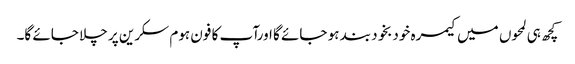
کچھ ہی لمحوں میں کیمرہ خودبخود بند ہو جائے گا اورآپ کا فون ہوم سکرین پر چلا جائے گا۔